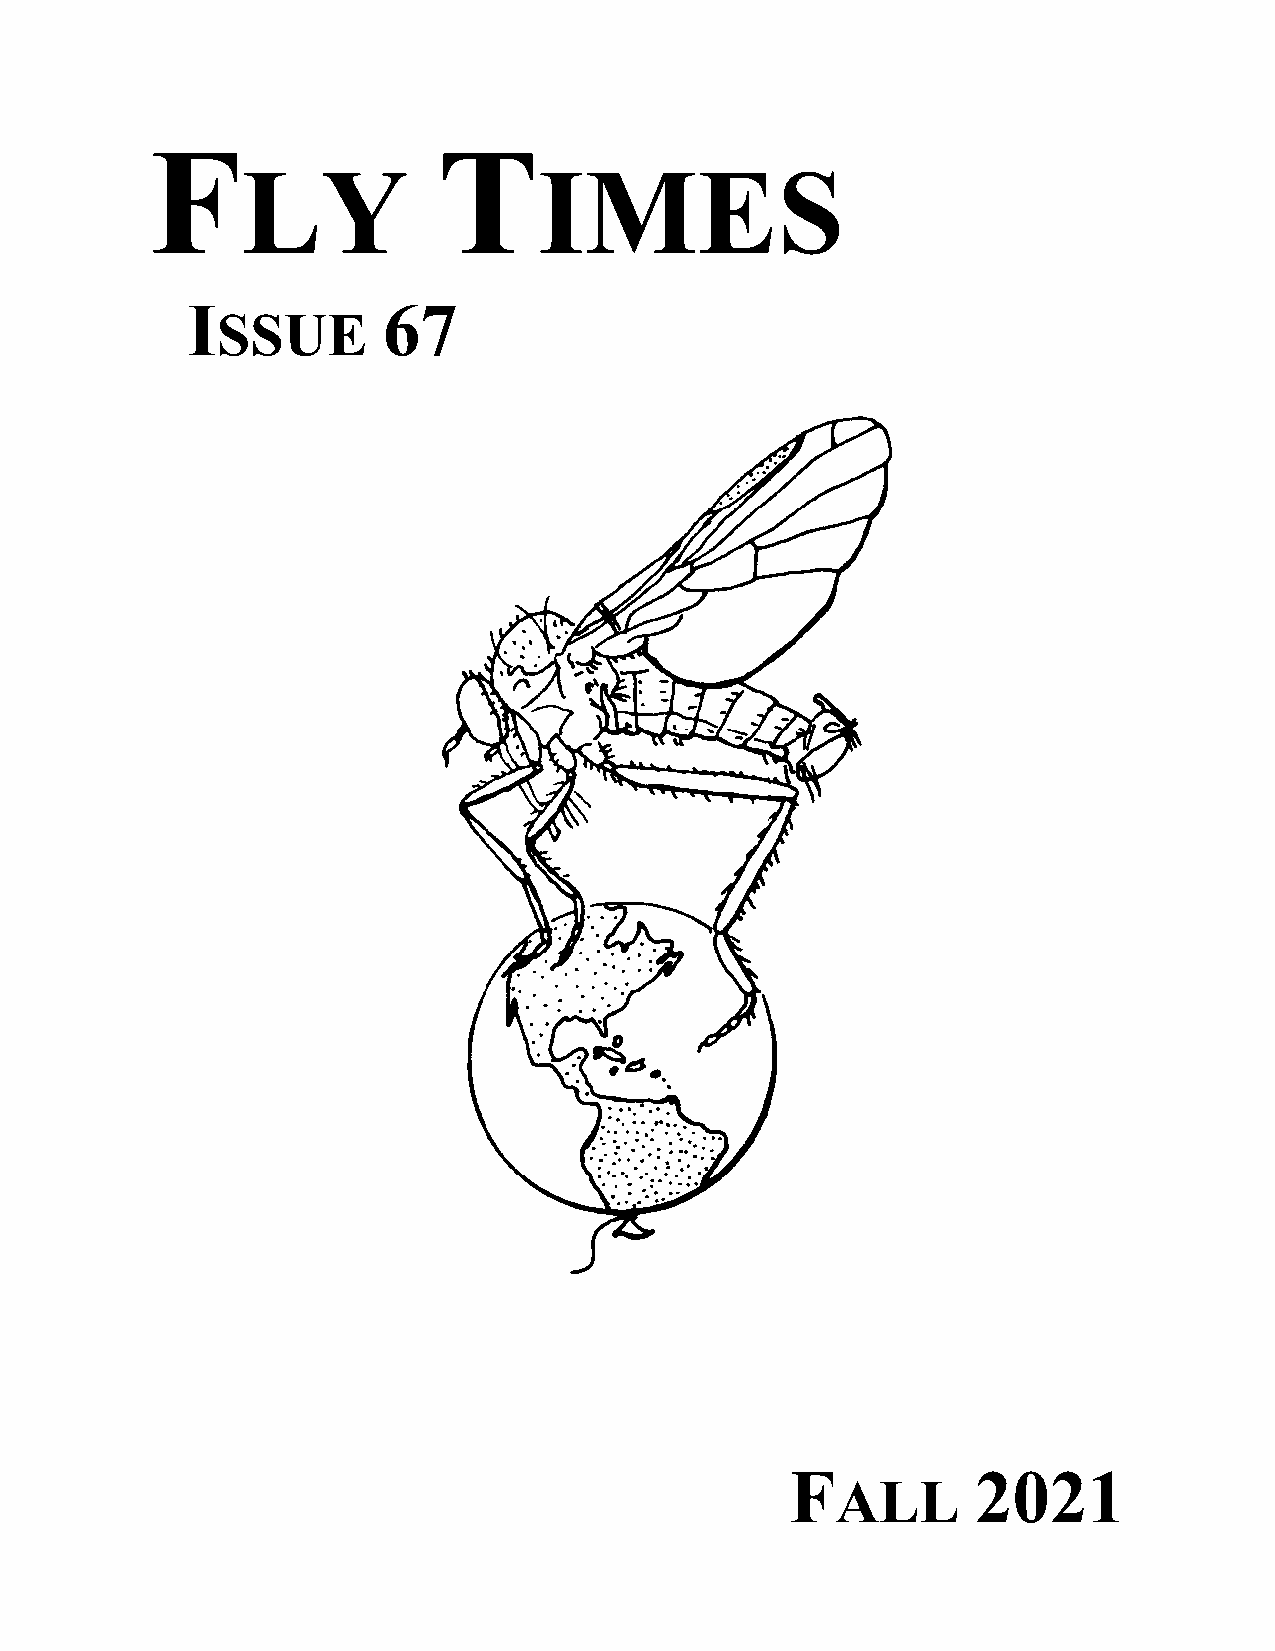
F                  T
 LY                  IMES
 I            67
 SSUE
 F            2021
 ALL